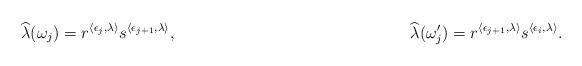
LaTeX: \begin{align*}\widehat{\lambda}(\omega_j)=r^{\langle\epsilon_j,\lambda\rangle}s^{\langle\epsilon_{j+1},\lambda\rangle},~~~~~~~~~~~~~~~~~~~~~~~~~~~~~~~~~~~~~~~~~~~\widehat{\lambda}(\omega_j')=r^{\langle\epsilon_{j+1},\lambda\rangle}s^{\langle\epsilon_i,\lambda\rangle}.\end{align*}